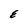
Character: E